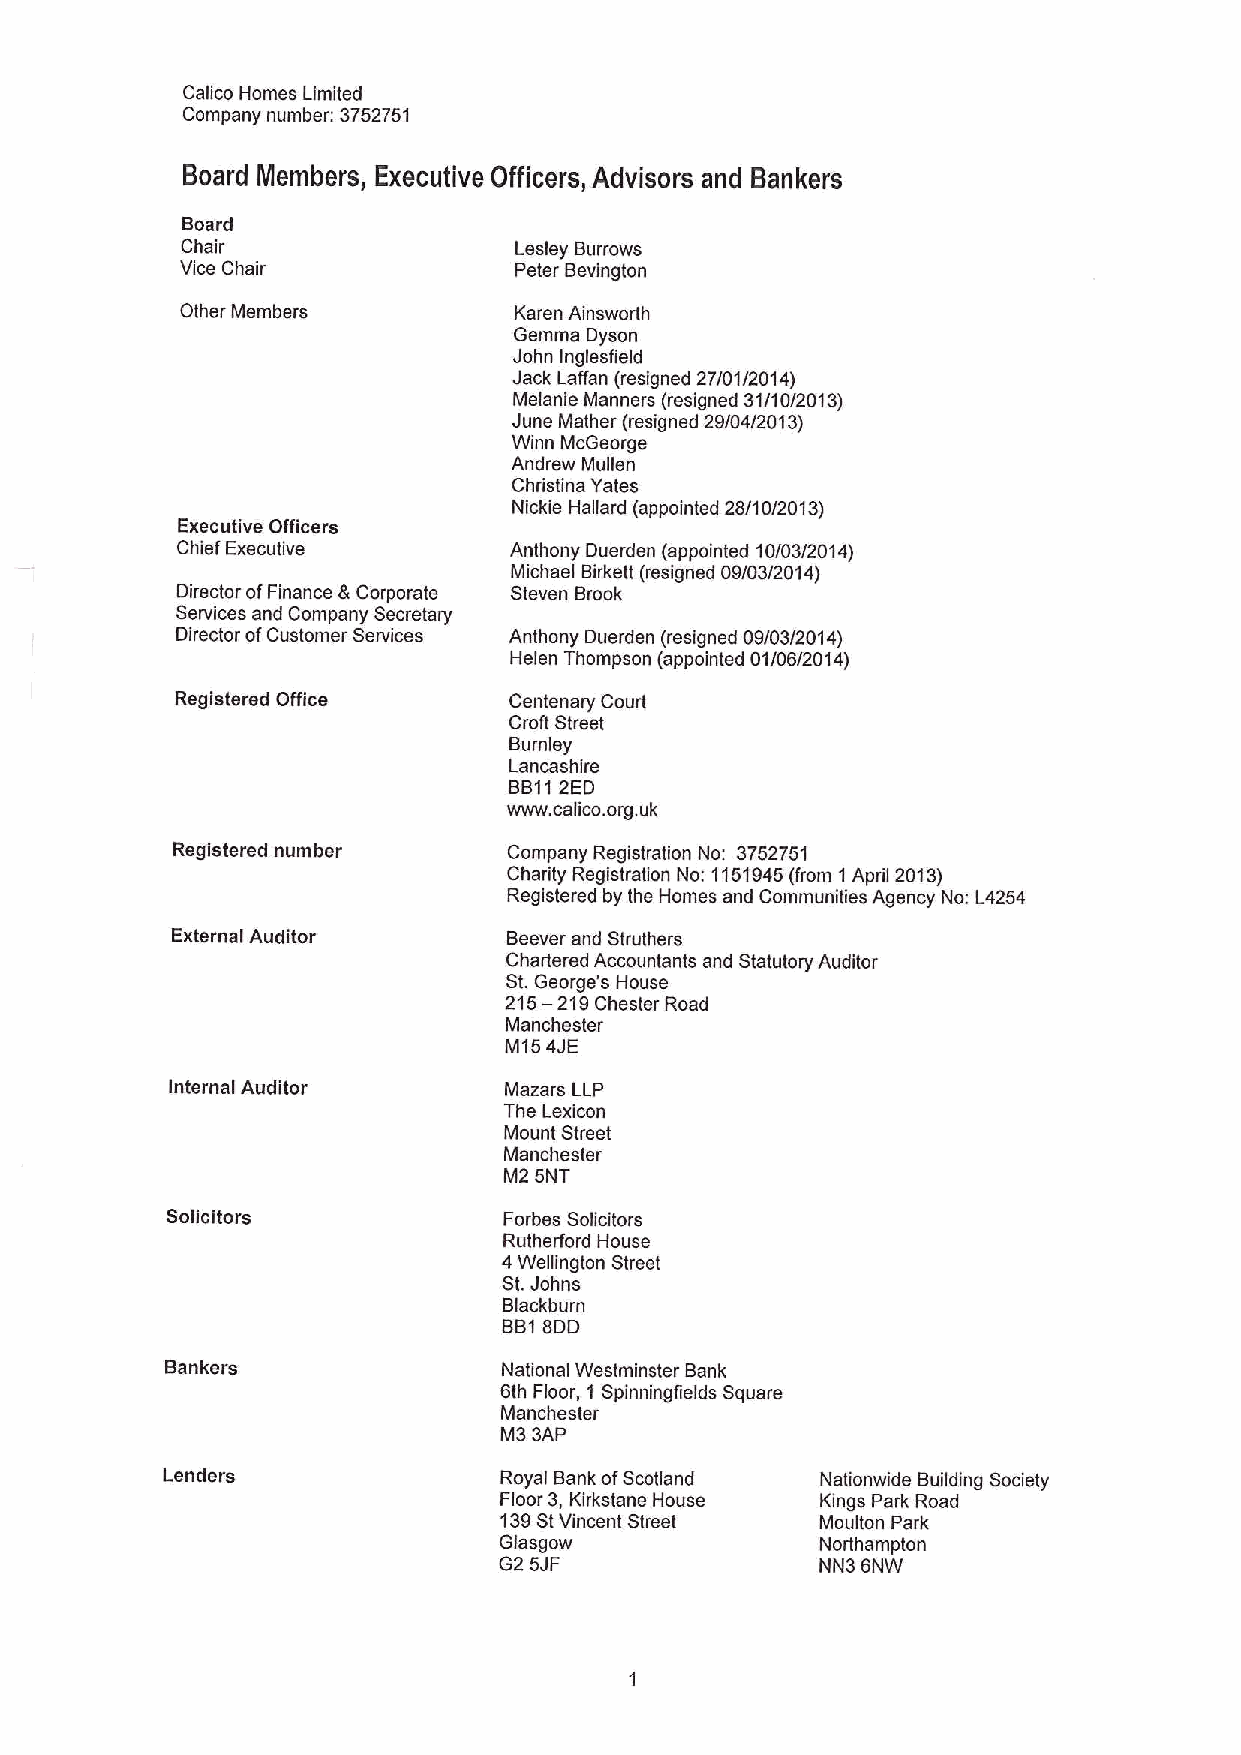
Calico Homes Limited
 Company number: 3752751
 Board Members, Executive Officers, Advisors and Bankers
 Board
 Chair                 Lesley Burrows
 Vice Chair            Peter Bevington
 Other Members         Karen Ainsworth
 Gemma Dyson
 John Inglesfield
 Jack Laffan (resigned 27/01/2014)
 Melanic Manners (resigned 31/10/2013)
 June Mather (resigned 29/04/2013)
 Winn McGeorge
 Andrew Mullen
 Christina Yates
 Nickie Hallard (appointed 28/10/2013)
 Executive Officers
 Chief Executive       Anthony Duerden (appointed 10/03/2014)
 Michael Birkett (resigned 09/03/2014)
 Director ofFinance 8Corporate Steven Brook
 Services and Company Secretary
 Director ofCustomer Services Anthony Duerden (resigned 09/03/2014)
 Helen Thompson (appointed 01/06/2014)
 Registered Office     Centenary Court
 Croft Street
 Burnley
 Lancashire
 BB112ED
 www. calico.org.uk
 Registered number      Company Registration No: 3752751
 Charity Registration No: 1151945(from 1 April 2013)
 Registered by the Homes and Communities Agency No: L4254
 External Auditor       Beaver and Struthers
 Chartered Accountants and Statutory Auditor
 St.George's House
 215—219Chester
 Road
 Manchester
 M154JE
 internal Auditor      Mazars LLP
 The Lexicon
 Mount Street
 Manchester
 M2 5NT
 Solicitors            Forbes Solicitors
 Rutherford House
 4Wellington Street
 St.Johns
 Blackburn
 BB18DD
 Bankers               National Westminster Bank
 6th Floor, 1 Spinningfietds Square
 Manchester
 M3 3AP
 Landers               Royal Bank ofScotland Nationwide Building SocietY
 Floor 3,Kirkstane House Kings Park Road
 139StVincent Street  Moulton Park
 Glasgow              Northampton
 G2 5JF               NN3 6NW